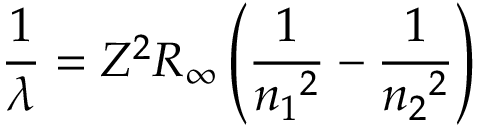
{ \frac { 1 } { \lambda } } = Z ^ { 2 } R _ { \infty } \left( { \frac { 1 } { { n _ { 1 } } ^ { 2 } } } - { \frac { 1 } { { n _ { 2 } } ^ { 2 } } } \right)